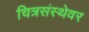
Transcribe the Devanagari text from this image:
चित्रसंस्थेवर